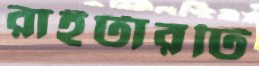
রাইটারটি